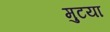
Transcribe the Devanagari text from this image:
मुटया